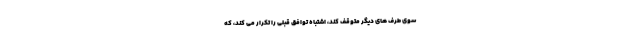
سوی طرف های دیگر متوقف کند، اشتباه توافق قبلی را تکرار می کند، که